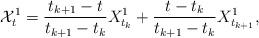
LaTeX: \begin{align*}\mathcal{X}^{1}_t=\frac{t_{k+1}-t}{t_{k+1}-t_k}{X}^{1}_{t_k}+\frac{t-t_k}{t_{k+1}-t_k}{X}^{1}_{t_{k+1}},\end{align*}